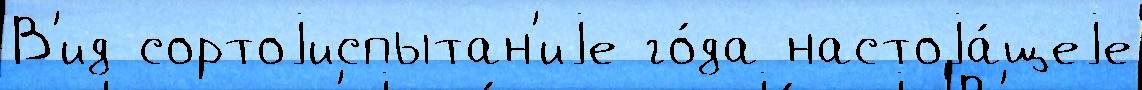
В'ид сортоjиспытан'иjе го́да настоjа́щеjе